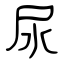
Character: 尿